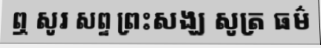
ឮ សូរ សព្ទ ព្រះសង្ឃ សូត្រ ធម៌